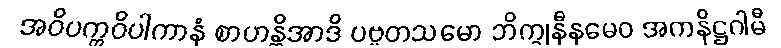
အဝိပက္ကဝိပါကာနံ စာဟန္တိအာဒိ ပဗ္ဗတသမော ဘိက္ခုနီနမေဝ အကနိဋ္ဌဂါမီ